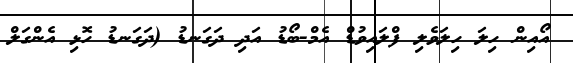
އޯއިން ހިލަ ހިލަވެލި ފްލައިވުޑް އެމް-ބޯޑު އަދި ދަގަނޑު (ދަގަނޑު ހޮޅި އެންގަލް